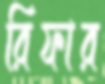
রিফার